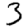
Digit: 3